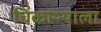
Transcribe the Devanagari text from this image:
चिंकाऱ्याला